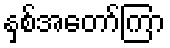
နှစ်အတော်ကြာ